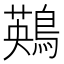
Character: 鶧